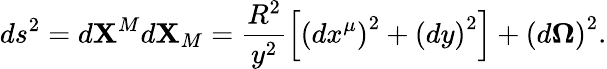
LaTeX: ds^{2}=d\mathbf{X}^{M}d\mathbf{X}_{M}=\frac{{R^{2}}}{{y^{2}}}\left[\left(dx^{\mu}\right)^{2}+\left(dy\right)^{2}\right]+\left(d\mathbf{{\Omega}}\right)^{2}.